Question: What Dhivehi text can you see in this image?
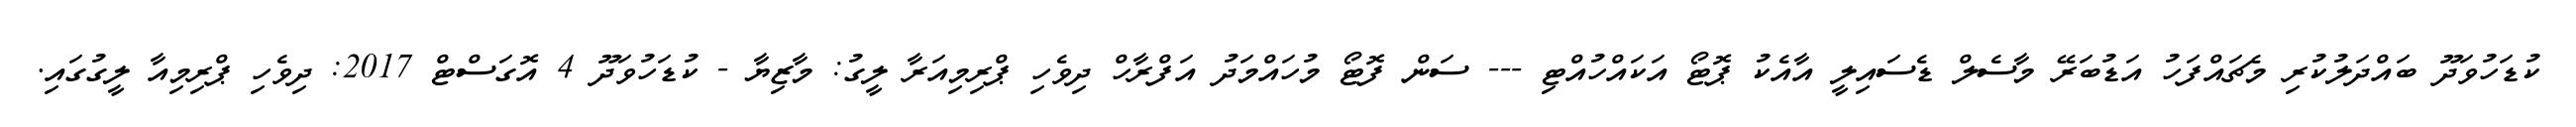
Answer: ކުޑަހުވަދޫ ބައްދަލުކުރި މެޗައްފަހު އަޑުބަރޭ މާސެލް ޑެސައިލީ އާއެކު ޕޮޓޯ އަކައްހުއްޓި --- ސަން ފޮޓޯ މުހައްމަދު އަފްރާހް ދިވެހި ޕްރިމިއަރާ ލީގު: މާޒިޔާ - ކުޑަހުވަދޫ 4 އޮގަސްޓް 2017: ދިވެހި ޕްރިމިއާ ލީގުގައި.